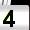
Digit: 4